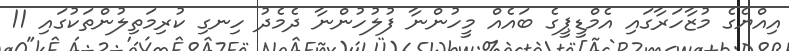
އިއްޔެގެ މުޒާހަރާގައި އެމްޑީޕީގެ ބައެއް މީހުންނާ ފުލުހުންނާ ދެމެދު ހިނގި ކުރިމަތިލުންތަކުގައި 11